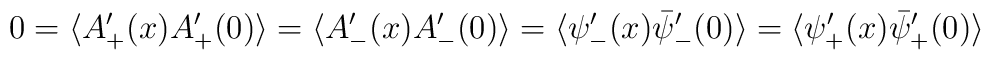
0 = \langle A'_+ (x) A'_+(0) \rangle = \langle A'_- (x) A'_- (0)  \rangle    = \langle {\psi}'_-(x)      \bar{\psi}'_-(0)\rangle = \langle    {\psi}'_+(x) \bar{\psi}'_+(0)\rangle